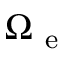
\Omega _ { \mathrm { ~ e ~ } }